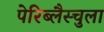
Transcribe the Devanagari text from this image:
पेरिब्लैस्चुला